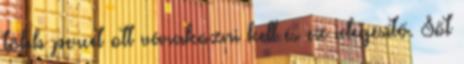
több percet ott várakozni kell és ez idegesítő. Sőt